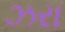
ઝરા